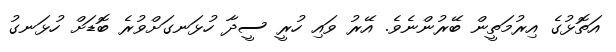
އަތޮޅުގެ އިރުމަތީން ބޭރުންނެވެ. އޭރު ވައި ހުރީ ސީދާ ހުޅަނގަށްވުރެ ބޮޑަށް ހުޅަނގު